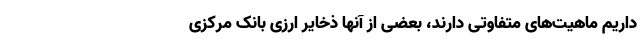
داریم ماهیت‌های متفاوتی دارند، بعضی از آنها ذخایر ارزی بانک مرکزی